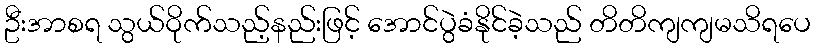
ဦးအာစရ သွယ်ဝိုက်သည့်နည်းဖြင့် အောင်ပွဲခံနိုင်ခဲ့သည် တိတိကျကျမသိရပေ